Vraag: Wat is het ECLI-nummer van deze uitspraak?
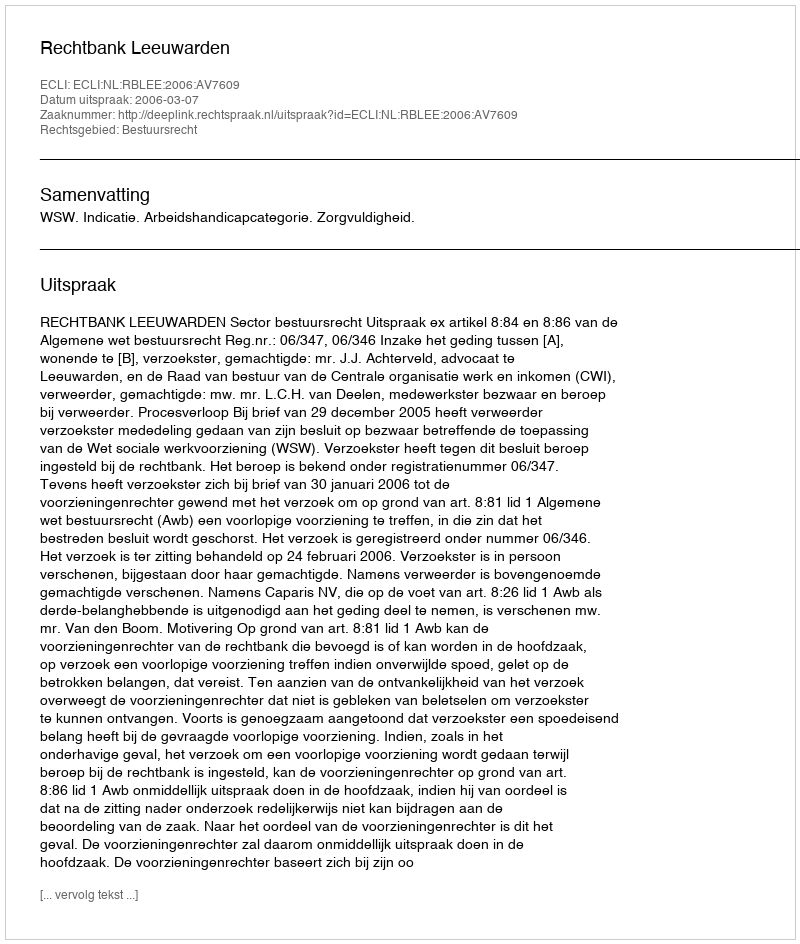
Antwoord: ECLI:NL:RBLEE:2006:AV7609